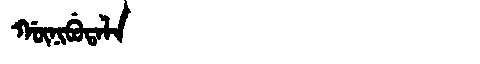
Manchu: ᡤᡡᠨᡳᠪᡠᡨᠠᠯᠠ
Romanization: GŪNIBUTALA